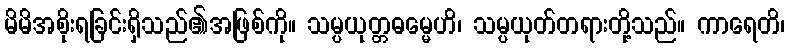
မိမိအစိုးရခြင်းရှိသည်၏အဖြစ်ကို။ သမ္ပယုတ္တဓမ္မေဟိ၊ သမ္ပယုတ်တရားတို့သည်။ ကာရေတိ၊